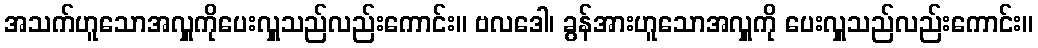
အသက်ဟူသောအလှူကိုပေးလှူသည်လည်းကောင်း။ ဗလဒေါ၊ ခွန်အားဟူသောအလှူကို ပေးလှူသည်လည်းကောင်း။